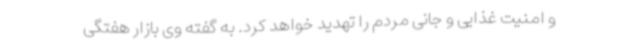
و امنیت غذایی و جانی مردم را تهدید خواهد کرد. به گفته وی بازار هفتگی